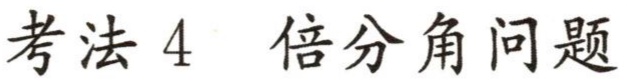
考法 4  倍分角问题